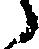
々